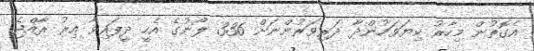
އެގޮތުން މިހާރު ކިޔަވަމުންދާ ދަރިވަރުންނަށް 336 ލޯނުގެ އެހީ ދީފައިވާ އިރު ރާއްޖެ